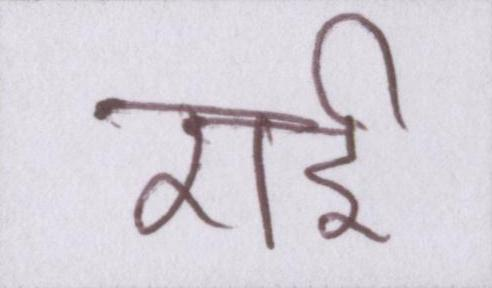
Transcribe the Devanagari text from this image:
राई